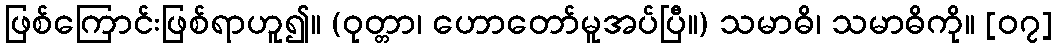
ဖြစ်ကြောင်းဖြစ်ရာဟူ၍။ (ဝုတ္တာ၊ ဟောတော်မူအပ်ပြီ။) သမာဓိ၊ သမာဓိကို။ [၀၇]